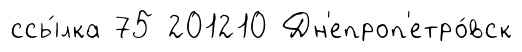
ссы́лка 75 201210 Дн'епроп'етро́вск